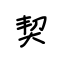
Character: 契